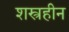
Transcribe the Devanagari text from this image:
शस्त्रहीन